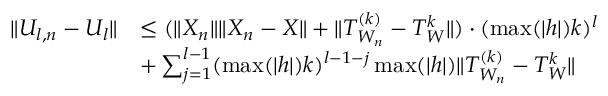
\begin{array} { r l } { \| U _ { l , n } - U _ { l } \| } & { \leq ( \| X _ { n } \| \| X _ { n } - X \| + \| T _ { W _ { n } } ^ { ( k ) } - T _ { W } ^ { k } \| ) \cdot ( \operatorname* { m a x } ( | h | ) k ) ^ { l } } \\ & { + \sum _ { j = 1 } ^ { l - 1 } ( \operatorname* { m a x } ( | h | ) k ) ^ { l - 1 - j } \operatorname* { m a x } ( | h | ) \| T _ { W _ { n } } ^ { ( k ) } - T _ { W } ^ { k } \| } \end{array}